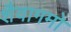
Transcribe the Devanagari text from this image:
शैवागमो